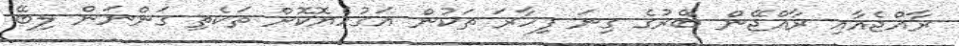
ރާއްޖެއާއި ރާއްޖޭން ބޭރުގެ ގިނަ ފިހާރަ ތަކުން އަގުހެޔޮކޮށް ތަކެތި ގަންނަން ލިބޭ